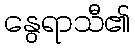
နွေရာသီ၏